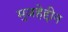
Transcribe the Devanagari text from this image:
मुजहेद्दीन